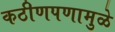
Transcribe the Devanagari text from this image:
कठीणपणामुळे